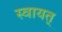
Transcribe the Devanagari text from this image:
स्वायत्